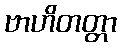
ဗာဟိတတ္တာ